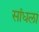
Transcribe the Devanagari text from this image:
सांधला